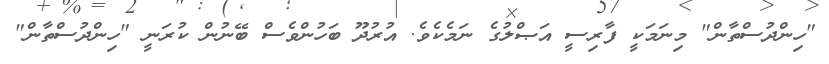
"ހިންދުސްތާން" މިނަމަކީ ފާރިސީ އަޞްލުގެ ނަމެކެވެ. އުރުދޫ ބަހުންވެސް ބޭނުން ކުރަނީ "ހިންދުސްތާން"